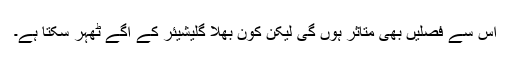
اس سے فصلیں بھی متاثر ہوں گی لیکن کون بھلا گلیشیئر کے آگے ٹھہر سکتا ہے۔